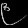
Digit: ၉